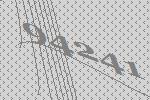
94241